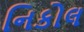
નિકોલ